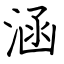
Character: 涵